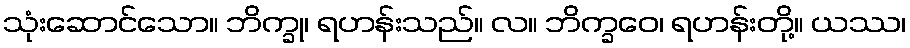
သုံးဆောင်သော။ ဘိက္ခု၊ ရဟန်းသည်။ လ။ ဘိက္ခဝေ၊ ရဟန်းတို့။ ယဿ၊